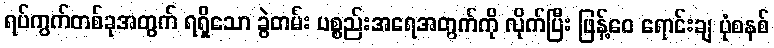
ရပ်ကွက်တစ်ခုအတွက် ရရှိသော ခွဲတမ်း ပစ္စည်းအရေအတွက်ကို လိုက်ပြီး ဖြန့်ဝေ ရောင်းချ ပုံစနစ်